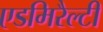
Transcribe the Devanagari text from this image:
एडमिरैल्टी